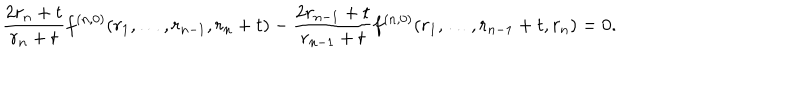
\frac { 2 r _ { n } + t } { r _ { n } + t } f ^ { ( n , 0 ) } ( r _ { 1 } , \dots , r _ { n - 1 } , r _ { n } + t ) - \frac { 2 r _ { n - 1 } + t } { r _ { n - 1 } + t } f ^ { ( n , 0 ) } ( r _ { 1 } , \dots , r _ { n - 1 } + t , r _ { n } ) = 0 .